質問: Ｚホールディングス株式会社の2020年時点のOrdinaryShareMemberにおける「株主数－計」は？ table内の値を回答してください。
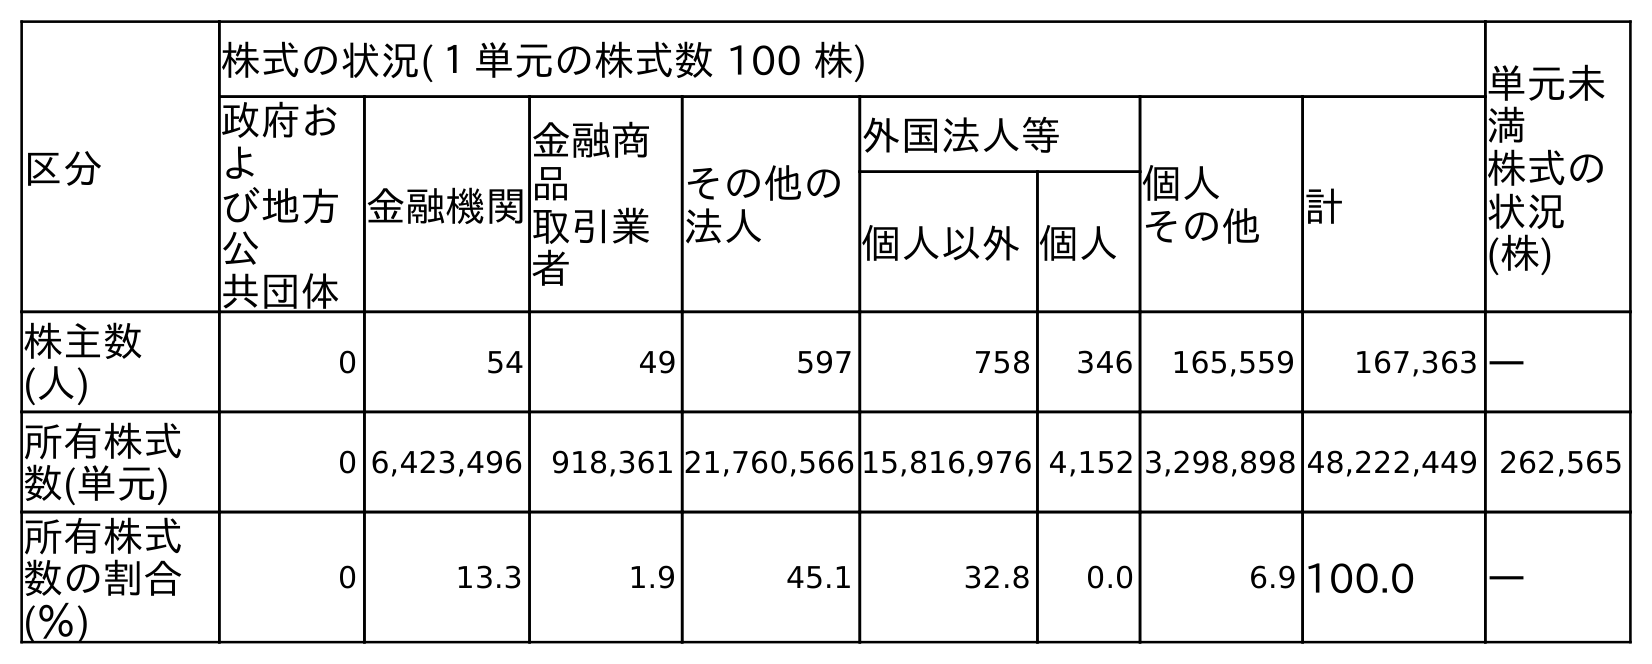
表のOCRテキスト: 区分 株式の状況(１単元の株式数 100 株) 単元未 満 株式の 状況 (株) 政府お よ び地方 公 共団体 金融機関 金融商 品 取引業 者 その他の 法人 外国法人等 個人 その他 計 個人以外個人 株主数 (人) 0 54 49 597 758 346 165,559 167,363 ― 所有株式 数(単元) 0 6,423,496 918,361 21,760,566 15,816,976 4,152 3,298,898 48,222,449 262,565 所有株式 数の割合 (％) 0 13.3 1.9 45.1 32.8 0.0 6.9 100.0 ―
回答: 167,363